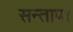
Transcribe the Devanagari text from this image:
सन्‍ताप।